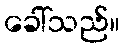
ခေါ်သည်။